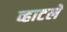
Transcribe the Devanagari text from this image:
व्हाटले